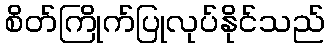
စိတ်ကြိုက်ပြုလုပ်နိုင်သည်